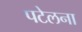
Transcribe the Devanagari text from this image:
पटेलना